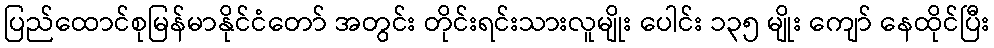
ပြည်ထောင်စုမြန်မာနိုင်ငံတော် အတွင်း တိုင်းရင်းသားလူမျိုး ပေါင်း ၁၃၅ မျိုး ကျော် နေထိုင်ပြီး